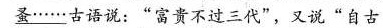
蚤……古语说:“富贵不过三代”，又说“自古